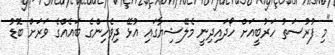
"މި ފުރުސަތު ހަރުބީއަށް ހޯދައިދިނީ މެލޭޝިޔާގައި އުޅޭ ދިވެހިންގެ ބައެއްގެ ވަރަށް ބޮޑު